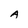
Character: A